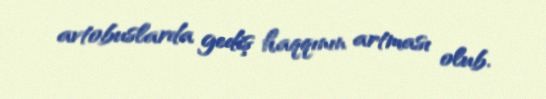
avtobuslarda gediş haqqının artması olub.